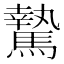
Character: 騺